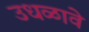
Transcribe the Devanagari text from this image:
उधळावे